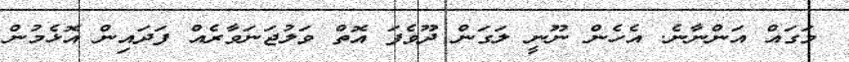
މަގައް އަންނާނެ. އެހެން ނޫނީ ލަގަން ދޫވެފަ އޮތް ވަލުޖަނަވާރެއް ފަދައިން އޮޅެމުން